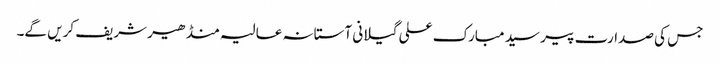
جس کی صدارت پیر سید مبارک علی گیلانی آستانہ عالیہ منڈھیر شریف کریں گے۔